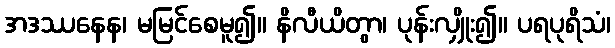
အဒဿနေန၊ မမြင်စေမူ၍။ နိလီယိတွာ၊ ပုန်းလျှိုး၍။ ပရပုရိသံ၊